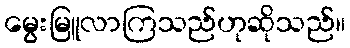
မွေးမြူလာကြသည်ဟုဆိုသည်။